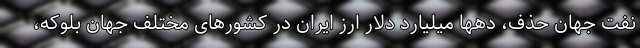
نفت جهان حذف، دهها میلیارد دلار ارز ایران در کشورهای مختلف جهان بلوکه،